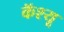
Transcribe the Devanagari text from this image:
कॅश्यू